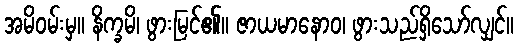
အမိဝမ်းမှ။ နိက္ခမိ၊ ဖွားမြင်၏။ ဇာယမာနောဝ၊ ဖွားသည်ရှိသော်လျှင်။